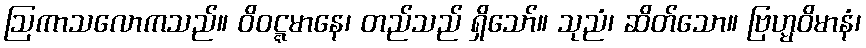
ဩကာသလောကသည်။ ဝိဝဋ္ဋမာနေ၊ တည်သည် ရှိသော်။ သုညံ၊ ဆိတ်သော။ ဗြဟ္မဝိမာနံ၊